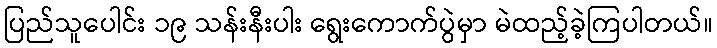
ပြည်သူပေါင်း ၁၉ သန်းနီးပါး ရွေးကောက်ပွဲမှာ မဲထည့်ခဲ့ကြပါတယ်။